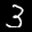
Digit: 3